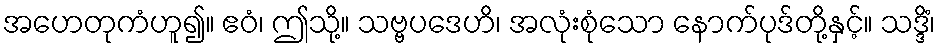
အဟေတုကံဟူ၍။ ဧဝံ၊ ဤသို့။ သဗ္ဗပဒေဟိ၊ အလုံးစုံသော နောက်ပုဒ်တို့နှင့်။ သဒ္ဒိံ၊